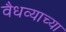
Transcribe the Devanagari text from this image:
वैधव्याच्या